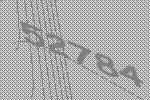
52784